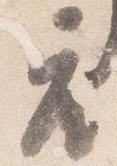
座